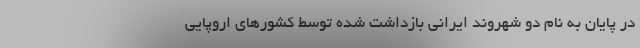
در پایان به نام دو شهروند ایرانی بازداشت شده توسط کشور‌های اروپایی